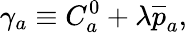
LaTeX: \gamma_{a}\equiv C_{a}^{0}+\lambda\overline{{{p}}}_{a},